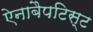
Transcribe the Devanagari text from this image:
ऐनाबैपटिस्ट